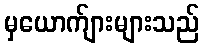
မှယောက်ျားများသည်